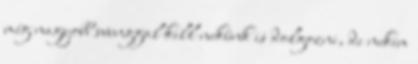
még nagyobb svunggal kell nekünk is dolgozni, de nekem